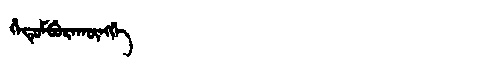
Manchu: ᡥᡝᡨᡠᠮᠪᡠᡵᠠᡴᡡᠩᡤᡝ
Romanization: HETUMBURAKŪNGGE